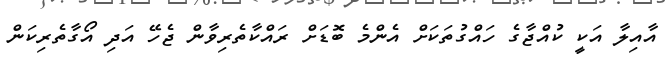
އާއިލާ އަކީ ކުއްޖާގެ ހައްގުތަކަށް އެންމެ ބޮޑަށް ރައްކާތެރިވާން ޖެހޭ އަދި އޯގާތެރިކަން